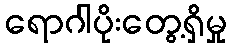
ရောဂါပိုးတွေ့ရှိမှု